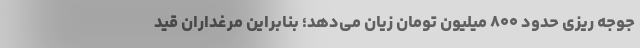
جوجه ریزی حدود ۸۰۰ میلیون تومان زیان می‌دهد؛ بنابراین مرغداران قید